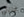
غايل